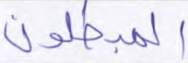
المبطلون